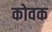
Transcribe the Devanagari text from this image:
कोवक